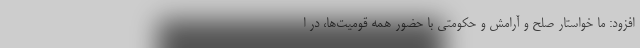
افزود: ما خواستار صلح و آرامش و حکومتی با حضور همه قومیت‌ها، در ا